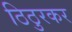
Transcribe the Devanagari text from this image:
ठिठुरकर